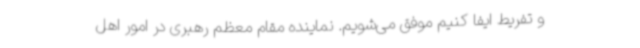
و تفریط ایفا کنیم موفق می‌شویم. نماینده مقام معظم رهبری در امور اهل